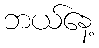
ဘယ်နေ့